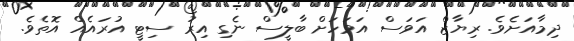
ދިމާއަށެވެ. ރިޔާޒް އަވަސް އަވަހަށް ބާލީސް ނެގި އިރު ސިޓީ އުރައެއް އޮތެވެ.